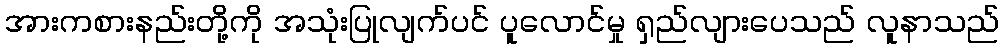
အားကစားနည်းတို့ကို အသုံးပြုလျက်ပင် ပူလောင်မှု ရှည်လျားပေသည် လူနာသည်